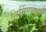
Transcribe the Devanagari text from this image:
निर्मिण्याचा